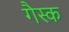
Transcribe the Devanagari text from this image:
गैस्क